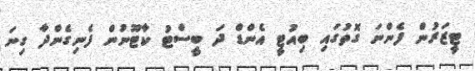
ޓީޒަރުން ފެންނަ ގޮތުގައި ބިއުޓީ އެންޑް ދަ ބީސްޓު ކާޓޫނުން ފެނިގެންދާ ގިނަ